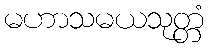
မဟာသမယသုတ္တံ